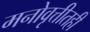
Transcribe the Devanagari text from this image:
मनोवृत्तीतही